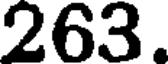
263.